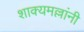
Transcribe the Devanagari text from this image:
शाक्यमल्लांनी